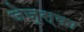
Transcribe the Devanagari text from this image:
जेज़ुस्का